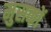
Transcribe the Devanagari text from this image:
मुसकों